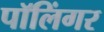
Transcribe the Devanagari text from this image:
पॉलिंगर